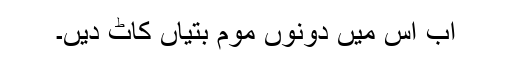
اب اس میں دونوں موم بتیاں کاٹ دیں۔